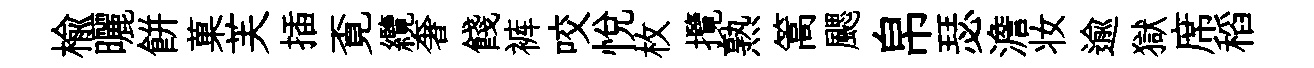
榆曬餅菓芙插覔纜奢餞裤咬悦枚攬熟篙颸帛瑟澹妆逾獄席稻